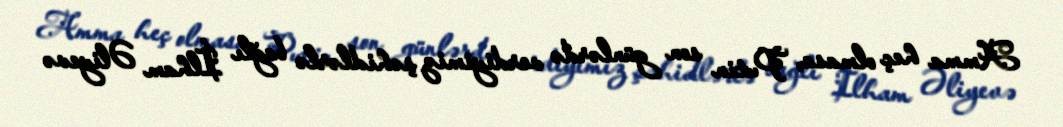
Amma heç olmasa, Putin son günlərdə verdiyimiz şəhidlərlə bağlı İlham Əliyevə